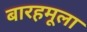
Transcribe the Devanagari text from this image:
बारहमूला